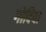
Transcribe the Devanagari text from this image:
गोदिया